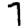
Digit: 7